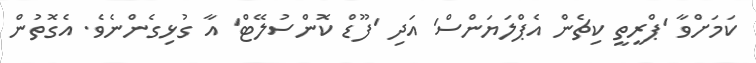
ކަމަށްވާ 'ޕްރީތީ ކިޗެން އެޕްލަޔަންސް' އަދި 'ފޫޑް ކޮންސުލޭޓް' އާ ގުޅިގެންނެވެ. އެގޮތުން